Leprosy in India: report of the Leprosy Commission in India, 1890-91
Year: 1890
Disease focus: Leprosy
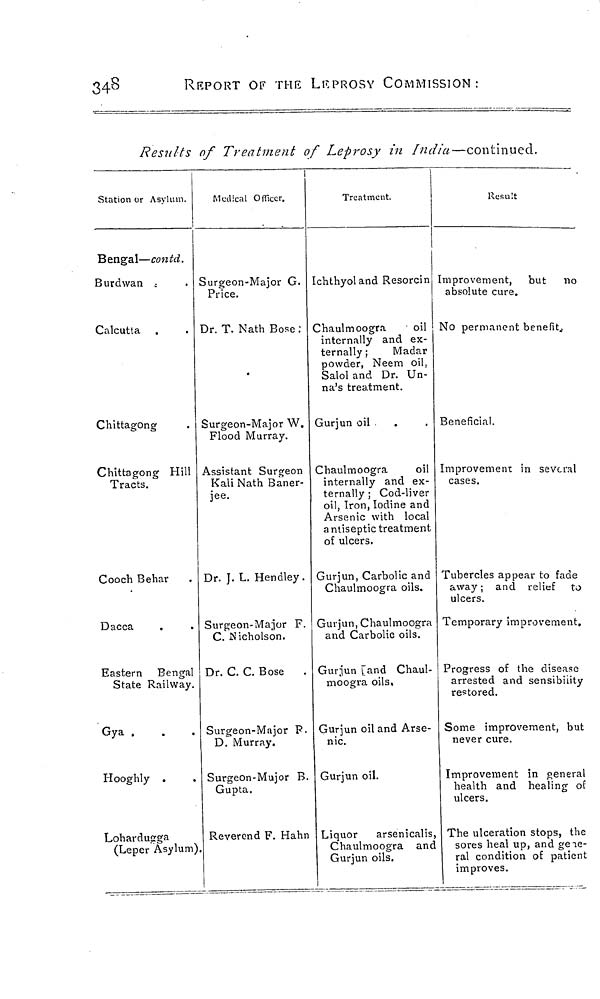
348
REPORT OF THE LEPROSY COMMISSION:
Results of Treatment of Leprosy in India—continued.
Station or Asylum.
Bengal—contd.
Burdwan .
Calcutta .
Chittagong
Chittagong Hill
Tracts.
Cooch Behar
Dacca
Eastern Bengal
State Railway.
Gya .
Hooghly .
Lohardugga
(Leper Asylum)
Medical Officer.
Surgeon-Major G.
Price.
Dr. T. Nath Bose :
Surgeon-Major W.
Flood Murray.
Assistant Surgeon
Kali Nath Baner-
jee.
Dr. J. L. Hendley.
Surgeon-Major F.
C. Nicholson.
Dr. C. C. Bose
Surgeon-Major P.
D. Murray.
Surgeon-Mujor B.
Gupta.
Reverend F. Hahn
Treatment.
Ichthyol and Resorcin
Chaulmoogra
oil
internally and ex-
ternally ;
Madar
powder, Neem oil,
Salol and Dr. Un-
na's treatment.
Gurjun oil
Chaulmoogra
oil
internally and ex-
ternally ; Cod-liver
oil, Iron, Iodine and
Arsenic with local
antiseptic treatment
of ulcers.
Gurjun, Carbolic and
Chaulmoogra oils.
Gurjun, Chaulmoogra
and Carbolic oils.
Gurjun and Chaul-
moogra oils.
Gurjun oil and Arse-
nic.
Gurjun oil.
Liquor
arsenicalis,
Chaulmoogra and
Gurjun oils.
Result
Improvement, but no
absolute cure.
No permanent benefit
Beneficial.
Improvement in several
cases.
Tubercles appear to fade
away ; and relief to
ulcers.
Temporary improvement.
Progress of the disease
arrested and sensibility
restored.
Some improvement, but
never cure.
Improvement in general
health and healing of
ulcers.
The ulceration stops, the
sores heal up, and gene-
ral condition of patient
improves.